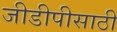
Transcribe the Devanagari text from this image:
जीडीपीसाठी